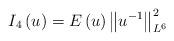
LaTeX: \begin{align*}I_{4}\left( u\right) =E\left( u\right) \left\Vert u^{-1}\right\Vert_{L^{6}}^{2} \end{align*}